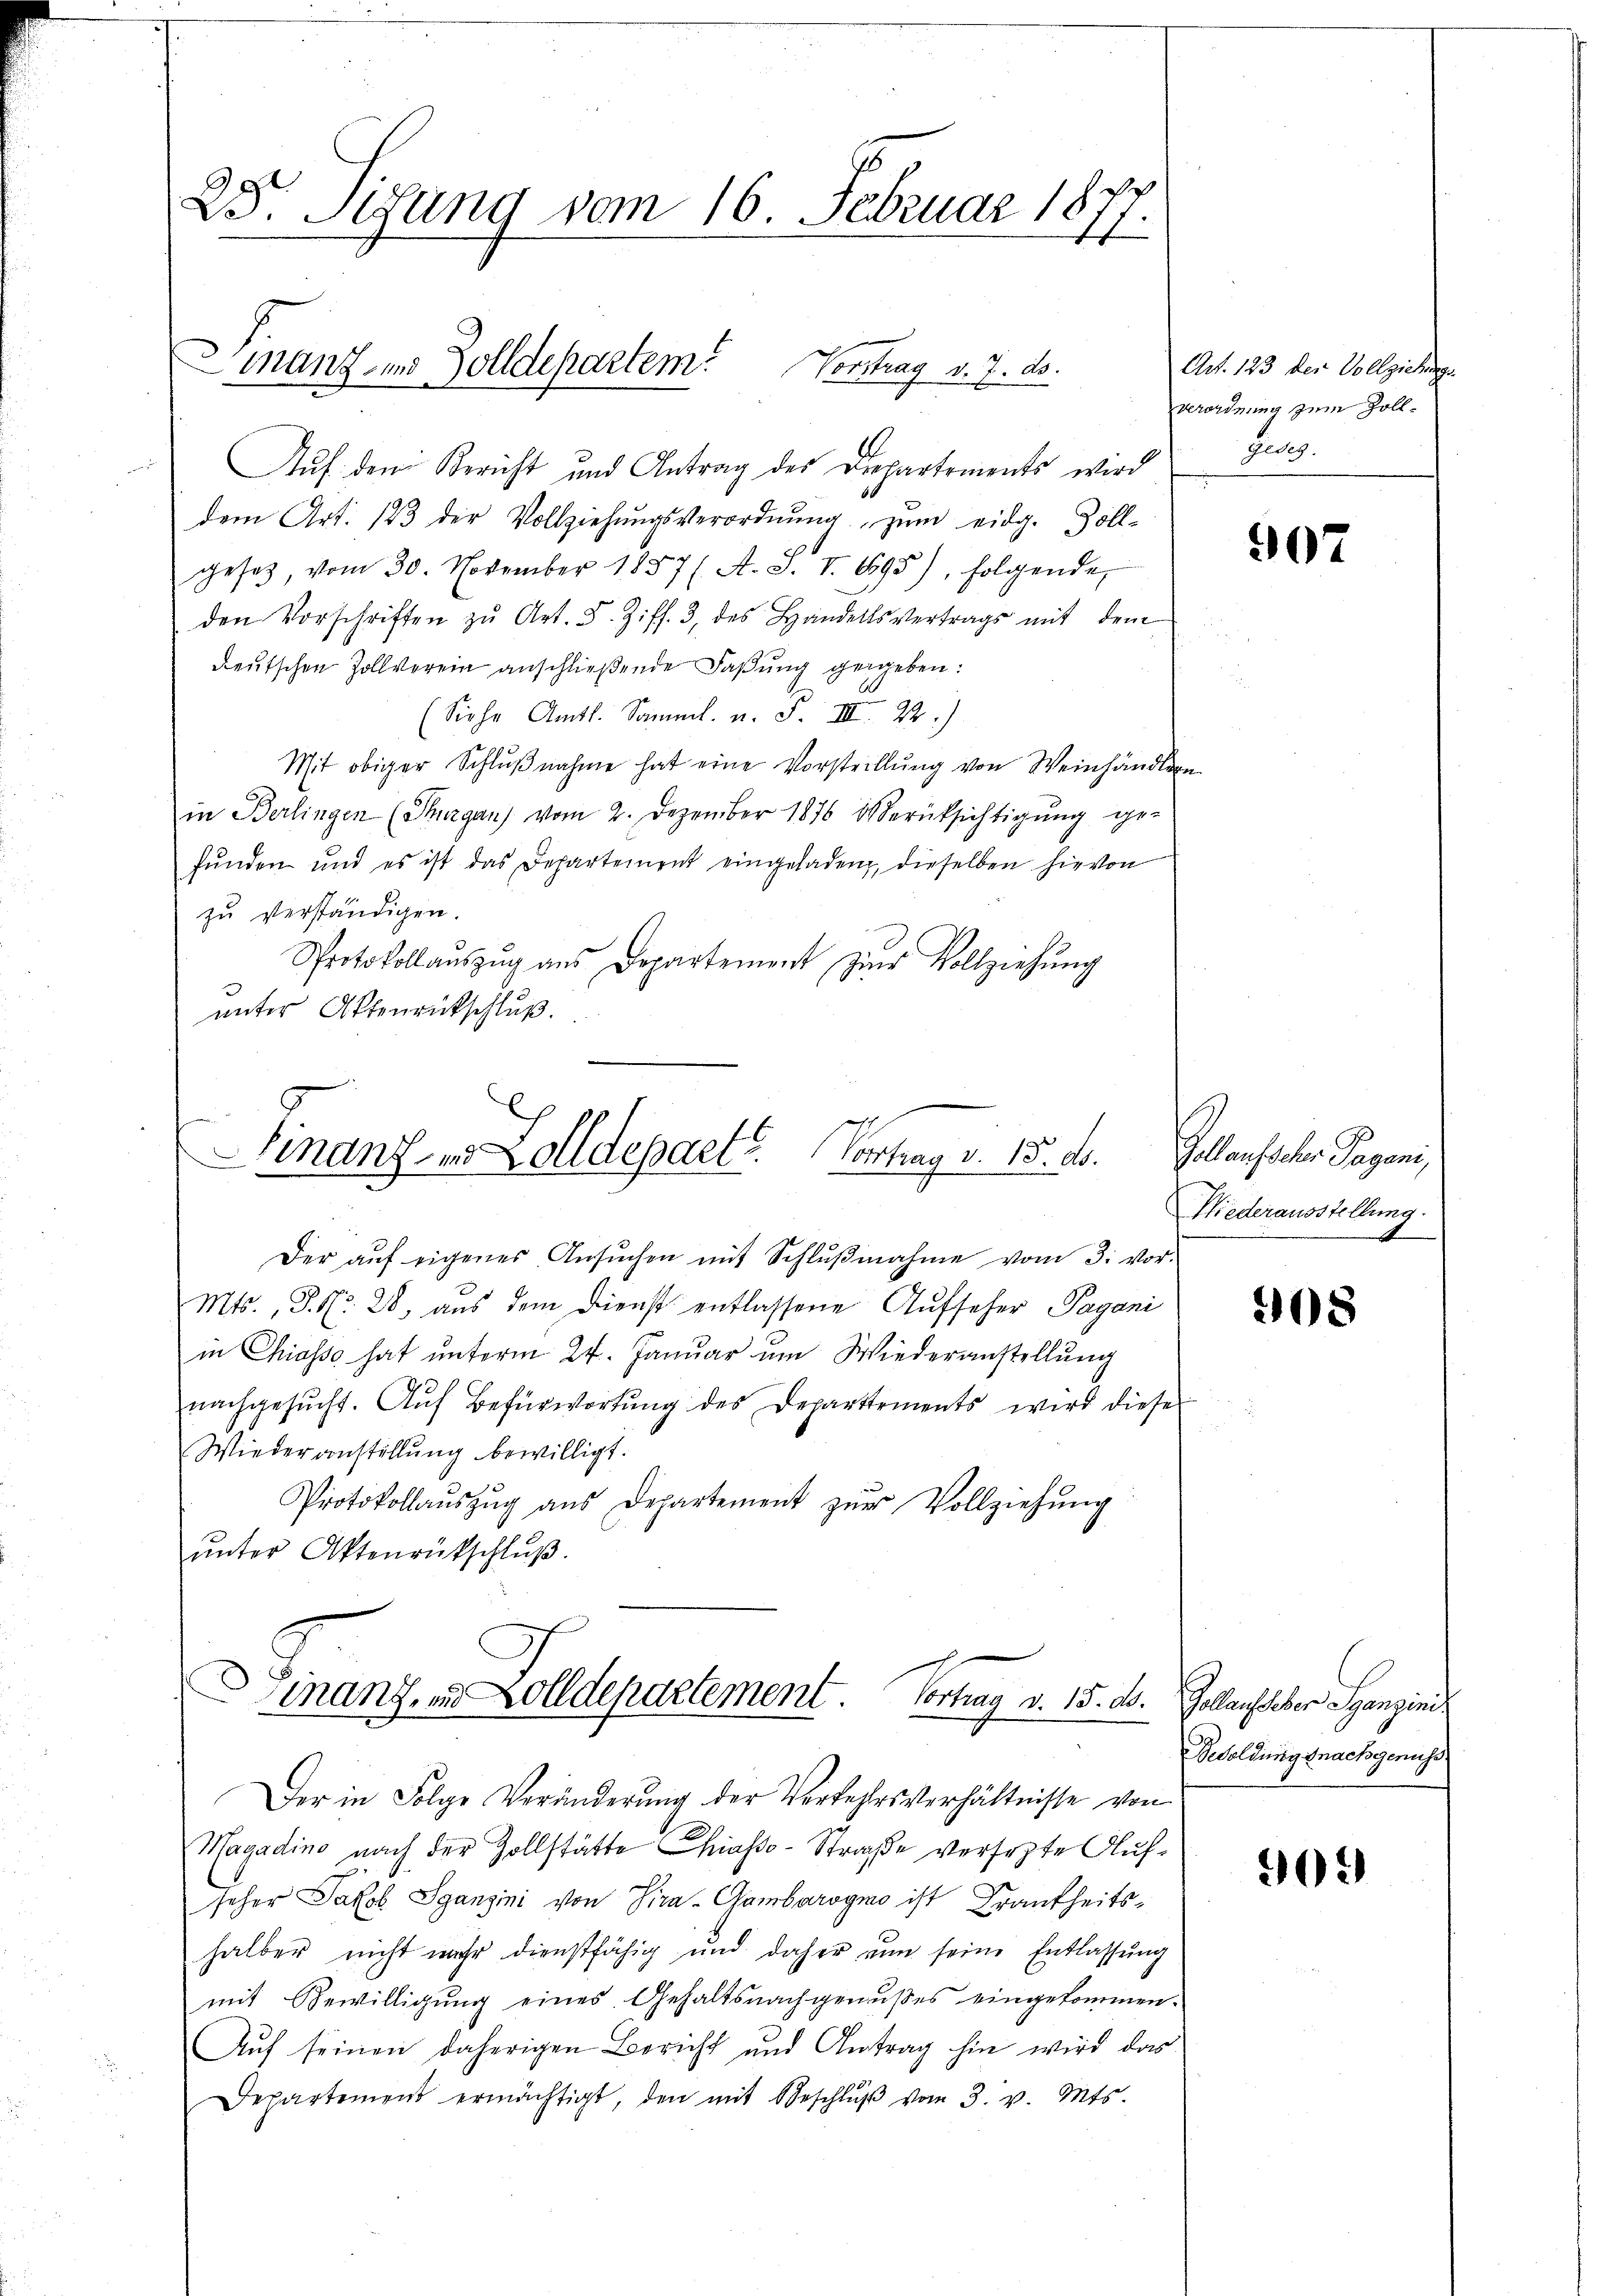
25. Sefung vom 16. Februar 1877.

Manz und Zolldepartem Vortrag v. 7. ds.

Auf den Bericht und Antrag des Departements wird
dem Art. 123 der Vollziehŭngsverordnŭng zŭm eidg. Zoll-
gesetz, vom 30. November 1857 (A. S. I. 695), folgende
den Vorschriften zŭ Art. 5. Ziff. 3, des Handelsvertrags mit dem
deutschen Zollverein anschließende Faßung gegeben:
(Siehe Amtl. Samml. u. F. III 22.)
Mit obiger Schlŭβnahme hat eine Vorstellŭng von Weinhändlern
in Berlingen (Thurgau vom 2. Dezember 1876 verüksichtigŭng ge-
fŭnden und es ist das Departement eingeladen, dieselben hievon
zu verständigen.
Protokollaŭszŭg aŭs Departement zŭr Vollziehŭng
unter Aktenrückschluß.

finanz- und Kolldepart. Vortrag v. 15. ds.
e
e

Finanz, in Zolldepartement Vortrag v. 15. d.
Der in Folge Veränderung der Verkehrsverhältnisse von

Der aŭf eigenes Ansŭchen mit Schlŭβnahme vom 3. vor-
Mts., S. Nr. 28, aus dem Dienst entlassene Aufseher Pagani
in Chiasso hat unterm 24. Januar um Wiederanstellung
nachgesŭcht. Aŭf Befürwortŭng des Departements wird diese
Wiederanstellung bewilligt.
Protokollaŭszŭg ans Departement zŭr Vollziehŭng
ŭnter Aktenrückschlŭβ

Magadino nach der Zollstätte Chiasso-Straße versezte Aufseher Jakob Sganzini von Pira-Gambarogno ist Krankheitshalber nicht mehr dienstfähig und daher nun seine Entlassŭng
mit Bewilligung eines Gehaltsnachgenußes eingekommen.
Auf seinen daherigen Bericht und Antrag hin wird das
Departement ermächtigt, den mit Beschlŭβ vom 3. v. Mts.

Art. 123 der Vollziehunge
Verordnung zum Zoll¬
Zug.

907

Gollaufscher Pagani
Niederausstellung.

208

Gellenselber Spangin
Besoldung nachgenuss

305